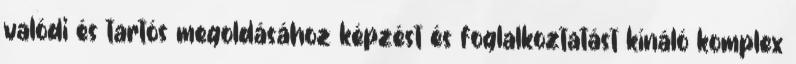
valódi és tartós megoldásához képzést és foglalkoztatást kínáló komplex